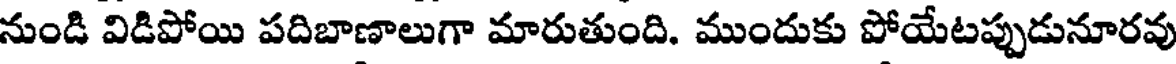
నుండి విడిపోయి పదిబాణాలుగా మారుతుంది. ముందుకు పోయేటప్పుడునూరవు